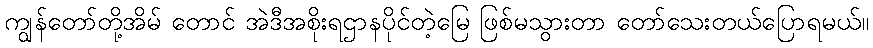
ကျွန်တော်တို့အိမ် တောင် အဲဒီအစိုးရဌာနပိုင်တဲ့မြေ ဖြစ်မသွားတာ တော်သေးတယ်ပြောရမယ်။